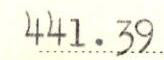
441.39